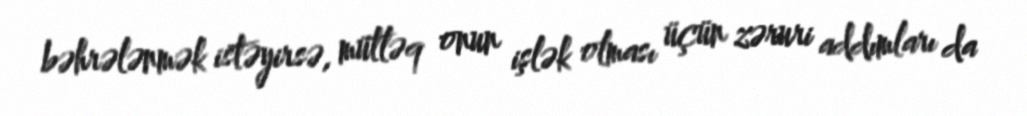
bəhrələnmək istəyirsə, mütləq onun işlək olması üçün zəruri addımları da